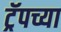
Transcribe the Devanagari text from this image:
ट्रॅपच्या